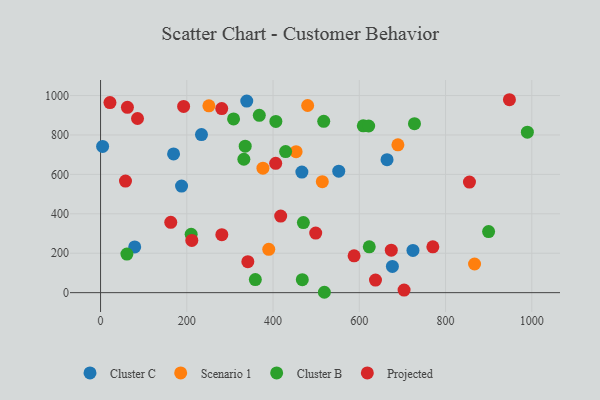
{"axis": {"x": "Speed", "y": "Demand"}, "legend": ["Cluster B", "Cluster C", "Projected", "Scenario 1"], "data": [{"x": "466.8", "y": 611.6, "type": "Cluster C"}, {"x": "552.3", "y": 616.3, "type": "Cluster C"}, {"x": "339.0", "y": 972.1, "type": "Cluster C"}, {"x": "169.3", "y": 703.9, "type": "Cluster C"}, {"x": "664.3", "y": 674.6, "type": "Cluster C"}, {"x": "79.2", "y": 232.1, "type": "Cluster C"}, {"x": "4.8", "y": 741.9, "type": "Cluster C"}, {"x": "234.0", "y": 801.9, "type": "Cluster C"}, {"x": "724.4", "y": 214.4, "type": "Cluster C"}, {"x": "187.8", "y": 540.6, "type": "Cluster C"}, {"x": "676.7", "y": 133.3, "type": "Cluster C"}, {"x": "251.2", "y": 947.9, "type": "Scenario 1"}, {"x": "689.5", "y": 749.9, "type": "Scenario 1"}, {"x": "514.2", "y": 563.1, "type": "Scenario 1"}, {"x": "480.2", "y": 949.6, "type": "Scenario 1"}, {"x": "867.2", "y": 145.4, "type": "Scenario 1"}, {"x": "376.5", "y": 631.6, "type": "Scenario 1"}, {"x": "390.0", "y": 219.6, "type": "Scenario 1"}, {"x": "453.4", "y": 715.2, "type": "Scenario 1"}, {"x": "332.3", "y": 676.8, "type": "Cluster B"}, {"x": "623.1", "y": 232.6, "type": "Cluster B"}, {"x": "609.2", "y": 846.3, "type": "Cluster B"}, {"x": "358.9", "y": 66.5, "type": "Cluster B"}, {"x": "308.4", "y": 881.5, "type": "Cluster B"}, {"x": "368.1", "y": 899.9, "type": "Cluster B"}, {"x": "406.5", "y": 868.7, "type": "Cluster B"}, {"x": "989.7", "y": 814.4, "type": "Cluster B"}, {"x": "210.1", "y": 296.3, "type": "Cluster B"}, {"x": "429.1", "y": 715.5, "type": "Cluster B"}, {"x": "467.8", "y": 65.6, "type": "Cluster B"}, {"x": "470.3", "y": 355.7, "type": "Cluster B"}, {"x": "899.8", "y": 309.8, "type": "Cluster B"}, {"x": "727.9", "y": 857.4, "type": "Cluster B"}, {"x": "621.7", "y": 845.4, "type": "Cluster B"}, {"x": "61.1", "y": 195.8, "type": "Cluster B"}, {"x": "335.4", "y": 743.3, "type": "Cluster B"}, {"x": "519.0", "y": 1.9, "type": "Cluster B"}, {"x": "517.5", "y": 869.1, "type": "Cluster B"}, {"x": "498.9", "y": 302.0, "type": "Projected"}, {"x": "281.0", "y": 934.1, "type": "Projected"}, {"x": "587.9", "y": 187.0, "type": "Projected"}, {"x": "162.8", "y": 356.7, "type": "Projected"}, {"x": "211.6", "y": 264.9, "type": "Projected"}, {"x": "192.6", "y": 944.8, "type": "Projected"}, {"x": "948.1", "y": 978.8, "type": "Projected"}, {"x": "637.5", "y": 63.8, "type": "Projected"}, {"x": "21.8", "y": 964.4, "type": "Projected"}, {"x": "674.1", "y": 215.5, "type": "Projected"}, {"x": "341.5", "y": 157.0, "type": "Projected"}, {"x": "417.7", "y": 388.4, "type": "Projected"}, {"x": "85.7", "y": 883.5, "type": "Projected"}, {"x": "406.1", "y": 656.0, "type": "Projected"}, {"x": "855.4", "y": 561.2, "type": "Projected"}, {"x": "703.8", "y": 13.3, "type": "Projected"}, {"x": "770.5", "y": 232.7, "type": "Projected"}, {"x": "57.8", "y": 566.0, "type": "Projected"}, {"x": "281.2", "y": 294.3, "type": "Projected"}, {"x": "62.3", "y": 940.3, "type": "Projected"}]}